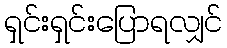
ရှင်းရှင်းပြောရလျှင်